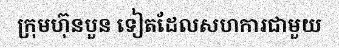
ក្រុមហ៊ុនបួន ទៀតដែលសហការជាមួយ